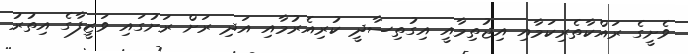
ވެށީގެ ރައްކާތެރިކަމާއި އިޖުތިމާއީ އިގުތިސާދީ ކުރިއެރުމާއި އަދި ރަށް ރަށުގައި ވަޒީފާގެ އިތުރު